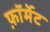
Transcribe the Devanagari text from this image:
फ़ाॅर्मेट